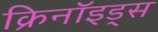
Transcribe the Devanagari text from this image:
क्रिनॉइड्स